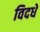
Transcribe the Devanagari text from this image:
विदधे